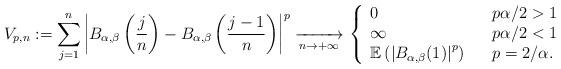
LaTeX: \begin{align*}V_{p,n}:=\sum_{j=1}^{n}\left|B_{\alpha,\beta}\left(\frac{j}{n}\right)-B_{\alpha,\beta}\left(\frac{j-1}{n}\right)\right|^{p}\xrightarrow[n\rightarrow+\infty]{}\left\{ \begin{array}{lll}0 & & p\alpha/2>1\\\infty & & p\alpha/2<1\\\mathbb{E}\left(\left|B_{\alpha,\beta}(1)\right|^{p}\right) & & p=2/\alpha.\end{array}\right.\end{align*}